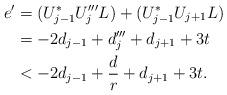
LaTeX: \begin{align*}e' &=(U_{j-1}^*U'''_jL) + (U_{j-1}^*U_{j+1}L)\\&=-2d_{j-1} + d'''_j+d_{j+1}+3t\\&<-2d_{j-1} + \frac{d}{r}+d_{j+1}+3t.\end{align*}